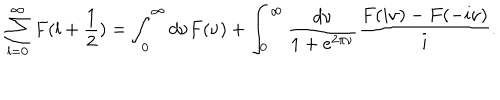
\sum _ { l = 0 } ^ { \infty } F ( l + \frac 1 2 ) = \int _ { 0 } ^ { \infty } d \nu F ( \nu ) + \int _ { 0 } ^ { \infty } \frac { d \nu } { 1 + e ^ { 2 \pi \nu } } \frac { F ( i \nu ) - F ( - i \nu ) } { i } .